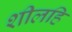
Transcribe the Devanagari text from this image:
शीलहि